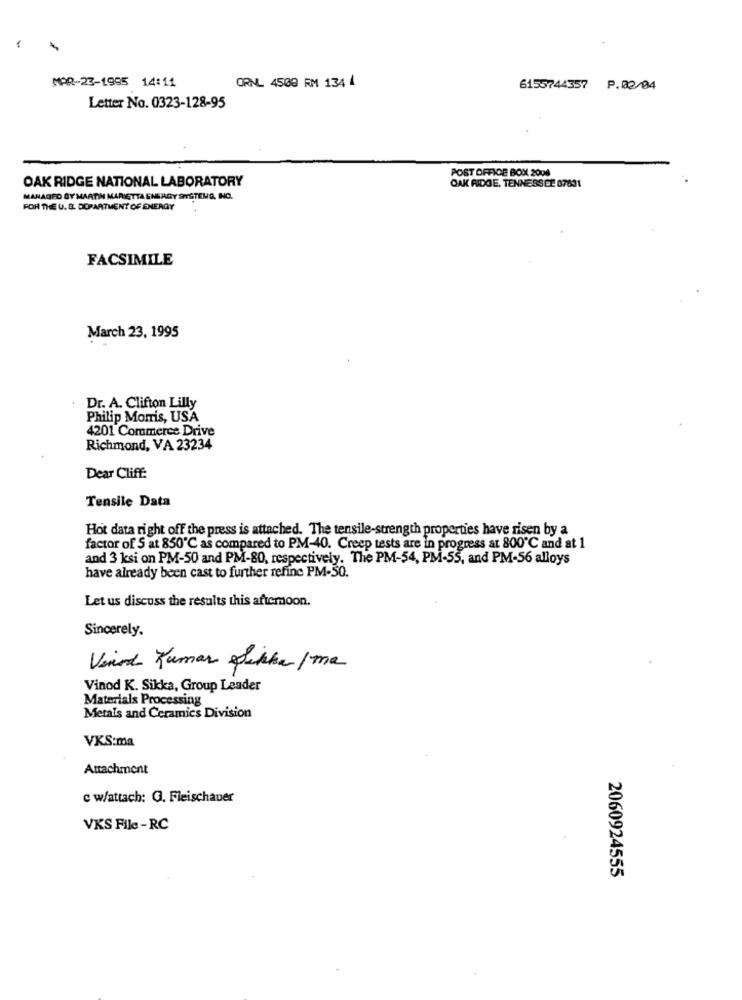
MAR-23-1995 14:11
ORNL. 4508 RM 134 4
6155744357 P.02/04
Letter No. 0323-128-95
POST OFFICE BOX 2008
OAK RIDGE NATIONAL LABORATORY
OAK RIDGE, TENNESSEE 87831
MANAGED BY MARTIN MARIETTA ENERGY SYSTEMS, INC.
FOR THE U. S. DEPARTMENT OF ENERGY
FACSIMILE
March 23, 1995
Dr. A. Clifton Lilly
Philip Morris, USA
4201 Commerce Drive
Richmond, VA 23234
Dear Cliff:
Tensile Data
Hot data right off the press is attached. The tensile-strength properties have risen by a
factor of 5 at 850℃ as compared to PM-40. Creep tests are in progress at 800℃ and at 1
and 3 ksi on PM-50 and PM-80, respectively. The PM-54, PM-55, and PM-56 alloys
have already been cast to further refine PM-50.
Let us discuss the results this afternoon.
Sincerely.
Vinod Kumar Dekke/ma
Vinod K. Sikka, Group Leader
Materials Processing
Metals and Ceramics Division
VKS:ma
Attachment
c w/attach: G. Fleischauer
VKS File - RC
2060924555